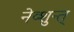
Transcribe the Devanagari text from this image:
नेव्शुन्त्